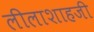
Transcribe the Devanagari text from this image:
लीलाशाहजी